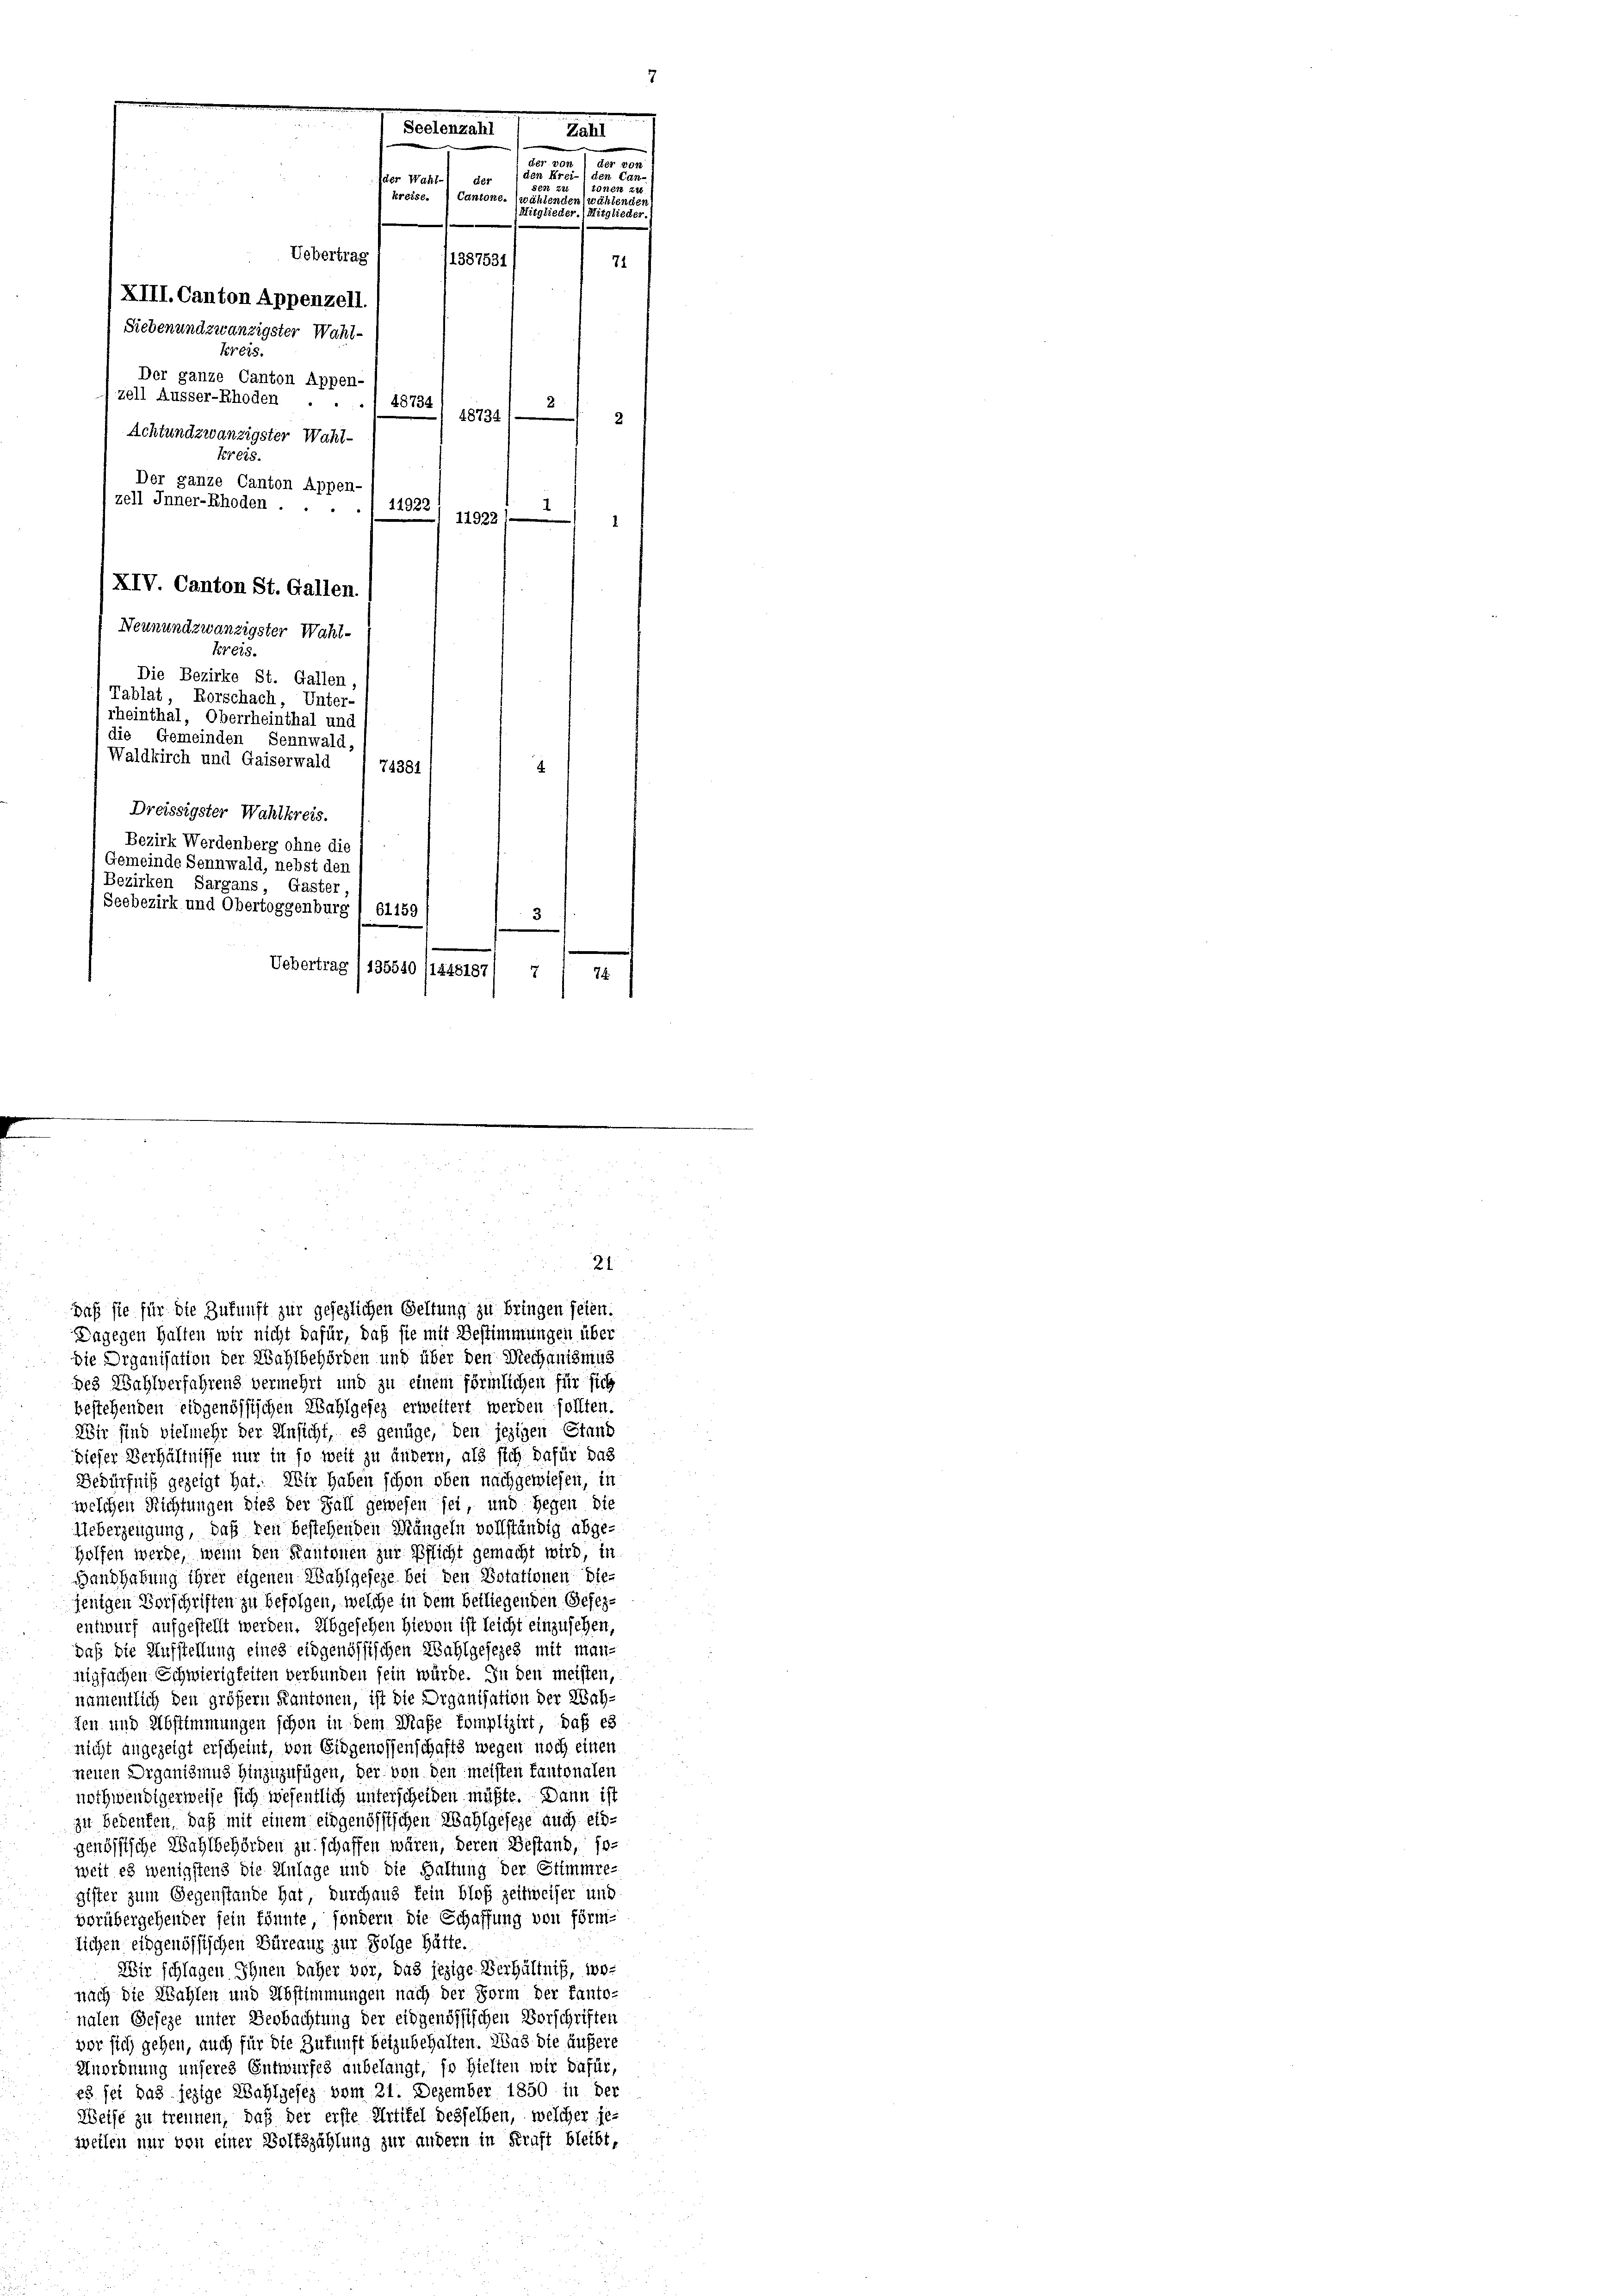
Seelenzahl
Rat
Der
Ver
n Kreien Car
der Wahl-) der
N 228
N.en 21
kreise. Cantone.
ähten
cenden
Mitglieder.)
itglied
Uebertrag
1387531/
71

(XIII. Canton Appenzell.
Siebenundzwanzigster Wahlkreis.
Der ganze Canton Appen-
zell Ausser-Rhoden
 48734
18734/5
2
Achtundzwanzigster Wahlkreis.
Der ganze Canton Appen-
zell Inner-Rhoden ...
11922 / 11922 (1
XIV. Canton St. Gallen.
Neunundzwanzigster Wahl¬
Kreis.
Die Bezirke St. Gallen,
Tablat, Rorschach, Unter-
rheinthal, Oberrheinthal und
die Gemeinden Sennwald,
Waldkirch und Gaiserwald
74381)
Dreissigster Wahlkreis.
Bezirk Werdenberg ohne die
Gemeinde Sennwald, nebst den
Bezirken Sargans, Gaster,
Seebezirk und Obertoggenburg I 61159
)
Uebertrag /135540 (1445187/ 7
74.

daß sie für die Zukunft zur gesezlichen Geltung zu bringen seien.
Dagegen Halten wir nicht dafür, daß sie mit Bestimmungen über
Die Organisation der Wahlbehörden und über den Mechanismus
des Wahlverfahrens vermehrt und zu einem förmlichen für sich
bestehenden eidgenössischen Wahlgesez erweitert werden sollten.
Wir sind vielmehr der Ansicht, es genüge, den jezigen Stand
dieser Verhältnisse nur in so weit zu ändern, als sich dafür das
Bedürfniß gezeigt hat. Wir haben schon oben nachgewiesen, in
welchen Richtungen dies der Fall gewesen sei, und Hegen die
Ueberzeugung, daß den bestehenden Mängeln vollständig abge-
Holfen werde, wenn den Kantonen zur Pflicht gemacht wird, in
Handhabung ihrer eigenen Wahlgeseze bei den Dotationen die-
jenigen Vorschriften zu befolgen, welche in dem beiliegenden Gesezentwurf aufgestellt werden. Abgesehen hievon ist leicht einzusehen,
daß die Aufstellung eines eidgenössischen Wahlgesezes mit man-
nigfachen Schwierigkeiten verbunden sein würde. In den meisten,
namentlich den größern Kantonen, ist die Organisation der Wah-
fen und Abstimmungen schon in dem Maße komplizirt, daß es
nicht angezeigt erscheint, von Eidgenossenschafts wegen noch einen
neuen Organismus hinzuzufügen, der von den meisten Kantonalen
nothwendigerweise sich wesentlich unterscheiden müßte. Dann ist
zu bedenken, daß mit einem eidgenössischen Wahlgesehe auch etgenössische Wahlbehörden zu schaffen wären, deren Bestand, so-
weit es wenigstens die Anlage und die Haltung der Stimmre-
gister zum Gegenstande hat, durchaus fein bloß zeitweiser und
vorübergehender sein könnte, sondern die Schaffung von förm-
lichen eidgenössischen Büreauz zur Folge hätte.
Wir schlagen Ihnen daher vor, das jezige Verhältniß, wo-
nach die Wahlen und Abstimmungen nach der Form der fanto-
nalen Geseze unter Beobachtung der eidgenössischen Vorschriften
vor sich gehen, auch für die Zukunft beizubehalten. Was die äußere
Anordnung unseres Entwurfes anbelangt, so hielten wir dafür,
Es sei das jezige Wahlgesez vom 21. Dezember 1850 in der
Weise zu trennen, daß der erste Artikel desselben, welcher je-
sweilen nur von einer Volkszählung zur andern in Kraft bleibt,

21